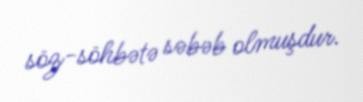
söz-söhbətə səbəb olmuşdur.